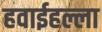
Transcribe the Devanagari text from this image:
हवाईहल्ला